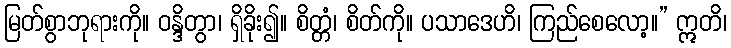
မြတ်စွာဘုရားကို။ ဝန္ဒိတွာ၊ ရှိခိုး၍။ စိတ္တံ၊ စိတ်ကို။ ပသာဒေဟိ၊ ကြည်စေလော့။” ဣတိ၊